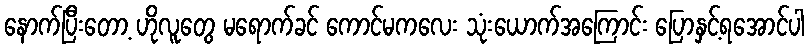
နောက်ပြီးတော့ ဟိုလူတွေ မရောက်ခင် ကောင်မကလေး သုံးယောက်အကြောင်း ပြောနှင့်ရအောင်ပါ